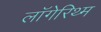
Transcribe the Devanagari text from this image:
लॉगेरिथ्म